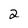
Character: 2